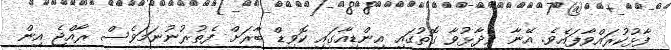
ފާޅުކުރައްވާފައެވެ. އޭނާ ވިދާޅުވާ ގޮތުގައި އިންޑިއާގައި ކޮވިޑް ބާރަށް ފެތުރުނުނަމަވެސް ރާއްޖެ އިން